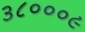
૩૮૦૦૦૯